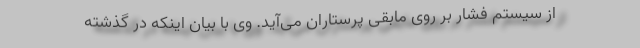
از سیستم فشار بر روی مابقی پرستاران می‌آید. وی با بیان اینکه در گذشته